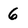
Character: 6